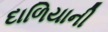
દાળિયાની